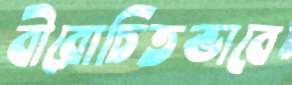
বীরোচিতভাবে